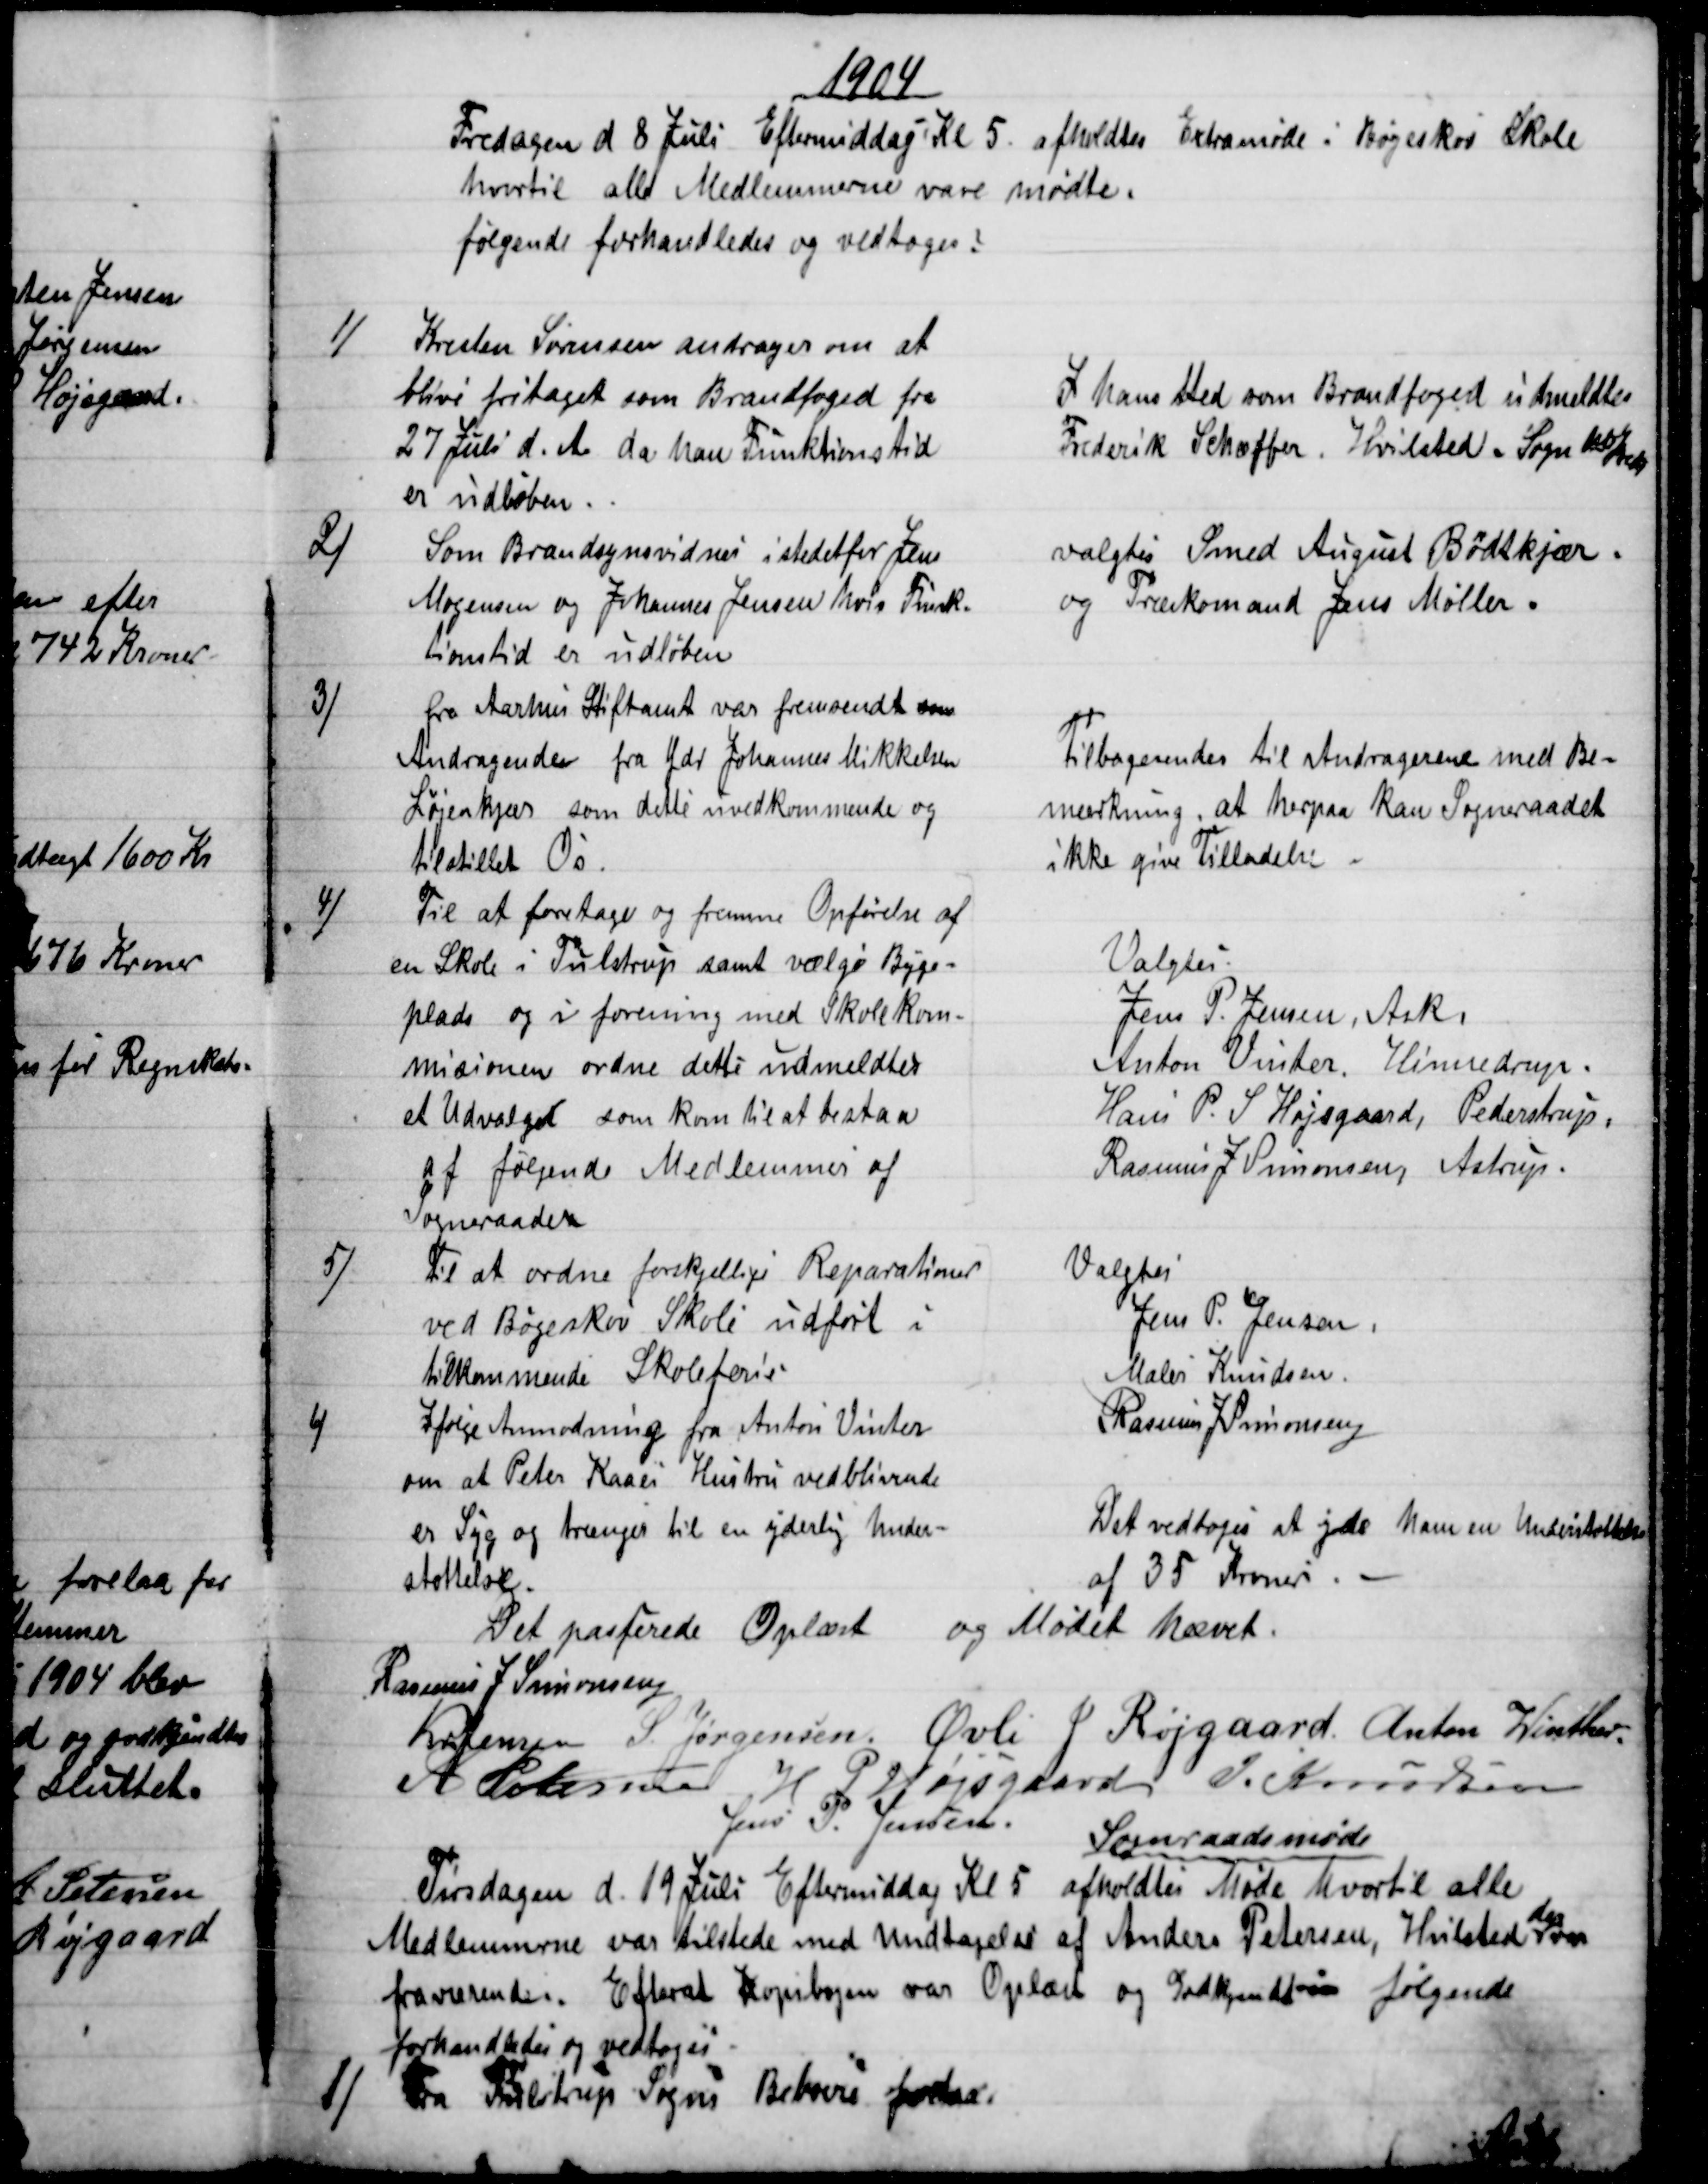
Transskription:
1904
Fredagen d 8 Juli Eftermiddag Kl 5 afholdtes Extramøde i Bøgeskov Skole
hvortil alle Medlemmerne vare mødte.
følgende forhandledes og vedtoges:
1)
Kristen Sørensen andrager om at
blive fritaget som Brandfoged fra
27 Juli d. A., da han Funktionstid
er udløben.
I hans Sted som Brandfoged udmeldtes
Frederik Schæffer. Hvilsted. Sogn 1ste Kreds
2)
Som Brandsynsvidnes i stedetfor Jens
Mogensen og Johannes Jensen hvis Funk-
tionstid er udløben
valgtes Smed August Bødtkjær.
og Træskomand Jens Møller.
3)
fra Aarhus Stiftamt var fremsendt som
Andragende fra Gdr Johannes Mikkelsen
Løjenkjær som dette uvedkommende og
tilstillet Os.
Tilbagesendes til Andragerene med Be=
mærkning, at herpaa kan Sogneraadet
ikke give Tilladelse.
4)
Til at foretage og fremne Opførelse af
en Skole i Tulstrup samt vælge Byge=
plads og i forening med Skolekom-
misionen ordne dette udmeldtes
et Udvalget som kom til at bestaa
af følgende Medlemmer af
Sogneraaden
Valgtes.
Jens P. Jensen, Ask.
Anton Vinter, Hinnedrup.
Hans P. S. Højsgaard, Pederstrup,
Rasmus J Simonsen, Astrup.
5)
Til at ordne forskjellige Reparationer
ved Bøgeskov Skole udført i
tilkommende Skoleferie.
Valgtes
Jens P. Jensen,
Maler Knudsen
Rasmus J Simonsen
6)
Ifølge Anmodning fra Anton Vinter
om at Peter Kaaes Hustru vedblivende
er Syg og trænger til en yderlig Under-
støttelse.
Det vedtoges at yde ham en Understøttelse
af 35 Kroner.
Det passerede Oplæst og Mødet hævet.
Rasmus J Simonsen
Kr Jensen S Jørgensen Øvli J Røjgaard Anton Winther
A Petersen  H P Højsgaard J. Knudsen
Jens P. Jensen
Sogneraadsmøde
Tirsdagen d. 19 Juli Eftermiddag Kl 5 afholdtes Møde hvortil alle
Medlemmerne var tilstede med Undtagelse af Anders Petersen, Hvilsted 
der
var
fraværende. Efterat Kopibogen var Oplæst og Godkjendt - følgende
forhandledes og vedtoges
1) 
Fra Tulstrup Sogns Beboere forelaa.